Indian journal of veterinary science and animal husbandry - Volume 9,
Year: 1939
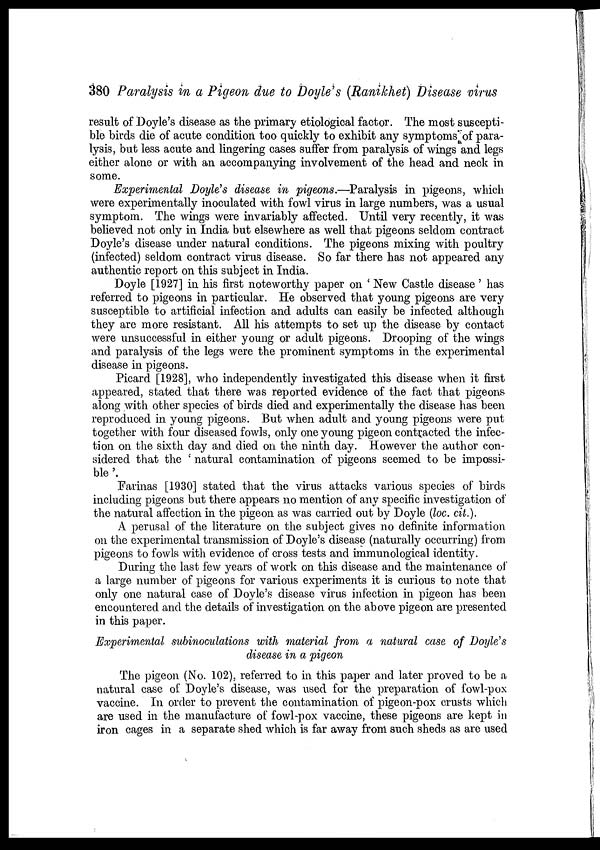
380 Paralysis in a Pigeon due to Doyle's (Ranikhet) Disease virus
result of Doyle's disease as the primary etiological factor. The most suscepti-
ble birds die of acute condition too quickly to exhibit any symptoms of para-
lysis, but less acute and lingering cases suffer from paralysis of wings and legs
either alone or with an accompanying involvement of the head and neck in
some.
Experimental Doyle's disease in pigeons.—Paralysis in pigeons, which
were experimentally inoculated with fowl virus in large numbers, was a usual
symptom. The wings were invariably affected. Until very recently, it was
believed not only in India but elsewhere as well that pigeons seldom contract
Doyle's disease under natural conditions. The pigeons mixing with poultry
(infected) seldom contract virus disease. So far there has not appeared any
authentic report on this subject in India.
Doyle [1927] in his first noteworthy paper on ' New Castle disease' has
referred to pigeons in particular. He observed that young pigeons are very
susceptible to artificial infection and adults can easily be infected although
they are more resistant. All his attempts to set up the disease by contact
were unsuccessful in either young or adult pigeons. Drooping of the wings
and paralysis of the legs were the prominent symptoms in the experimental
disease in pigeons.
Picard [1928], who independently investigated this disease when it first
appeared, stated that there was reported evidence of the fact that pigeons
along with other species of birds died and experimentally the disease has been
reproduced in young pigeons. But when adult and young pigeons were put
together with four diseased fowls, only one young pigeon contracted the infec-
tion on the sixth day and died on the ninth day. However the author con-
sidered that the ' natural contamination of pigeons seemed to be impossi-
ble'.
Farinas [1930] stated that the virus attacks various species of birds
including pigeons but there appears no mention of any specific investigation of
the natural affection in the pigeon as was carried out by Doyle (loc. cit.).
A perusal of the literature on the subject gives no definite information
on the experimental transmission of Doyle's disease (naturally occurring) from
pigeons to fowls with evidence of cross tests and immunological identity.
During the last few years of work on this disease and the maintenance of
a large number of pigeons for various experiments it is curious to note that
only one natural case of Doyle's disease virus infection in pigeon has been
encountered and the details of investigation on the above pigeon are presented
in this paper.
Experimental subinoculations with material from a natural case of Doyle's
disease in a pigeon
The pigeon (No. 102), referred to in this paper and later proved to be a
natural case of Doyle's disease, was used for the preparation of fowl-pox
vaccine. In order to prevent the contamination of pigeon-pox crusts which
are used in the manufacture of fowl-pox vaccine, these pigeons are kept in
iron cages in a separate shed which is far away from such sheds as are used